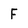
Character: F